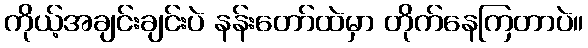
ကိုယ့်အချင်းချင်းပဲ နန်းတော်ထဲမှာ တိုက်နေကြတာပဲ။